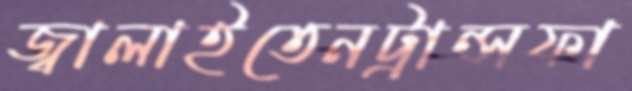
জ্বালাইতেনট্রান্সফা